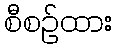
စီစဉ်ထား